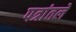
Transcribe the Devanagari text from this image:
पत्रांतले